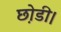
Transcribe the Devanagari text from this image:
छ़ोडी।